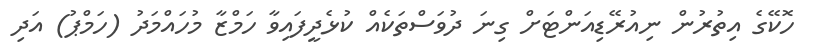
ހޮކޭގެ އިތުރުން ނިއުރޭޑިއަންޓަށް ގިނަ ދުވަސްތަކެއް ކުޅެދީފައިވާ ހަމްޒާ މުހައްމަދު (ހަމްޕު) އަދި